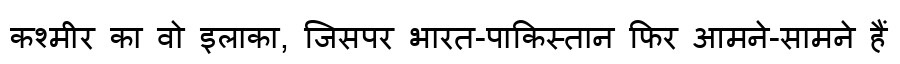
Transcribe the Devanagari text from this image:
कश्मीर का वो इलाका, जिसपर भारत-पाकिस्तान फिर आमने-सामने हैं